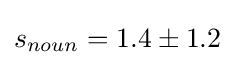
s_{noun}=1.4\pm 1.2